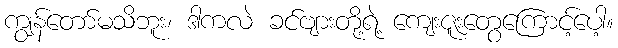
ကျွန်တော်မသိဘူး၊ ဒါကလဲ ခင်ဗျားတို့ရဲ့ ကျေးဇူးတွေကြောင့်ပေါ့။